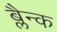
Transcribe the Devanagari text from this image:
ब्लैन्क